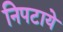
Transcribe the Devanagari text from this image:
निपटाये